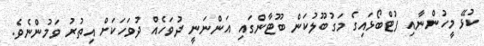
ކުޅޭ މީހުންނާއި ފުޓްބޯޅައިގެ މަގުބޫލުކަން ބޫޓާންގައި އަންނަނީ ދުވަހެއް ދުވަހަކަށް އިތުރު ވަމުންނެވެ.